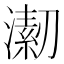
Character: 𱩇